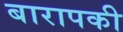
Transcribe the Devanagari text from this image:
बारापकी